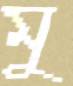
মু